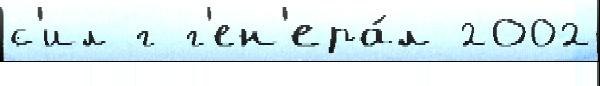
с'ил г г'ен'ера́л 2002